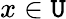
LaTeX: x\in\mathtt{U}